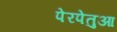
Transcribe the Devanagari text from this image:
पेरपेतुआ